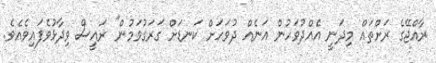
ރާއްޖޭގެ ރަށްތައް މިދަނީ އެއްދުވަހުން އަނެއް ދުވަހަށް ކަނޑަށް ގަރަގުވަމުން" ރައީސް ވިދާޅުވެފައިވެއެވެ.